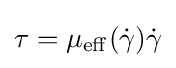
\tau =\mu _{\operatorname {eff} }({\dot {\gamma }}){\dot {\gamma }}